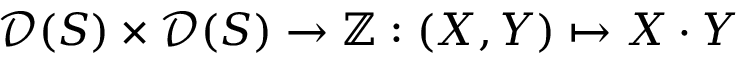
{ \mathcal { D } } ( S ) \times { \mathcal { D } } ( S ) \rightarrow \mathbb { Z } : ( X , Y ) \mapsto X \cdot Y